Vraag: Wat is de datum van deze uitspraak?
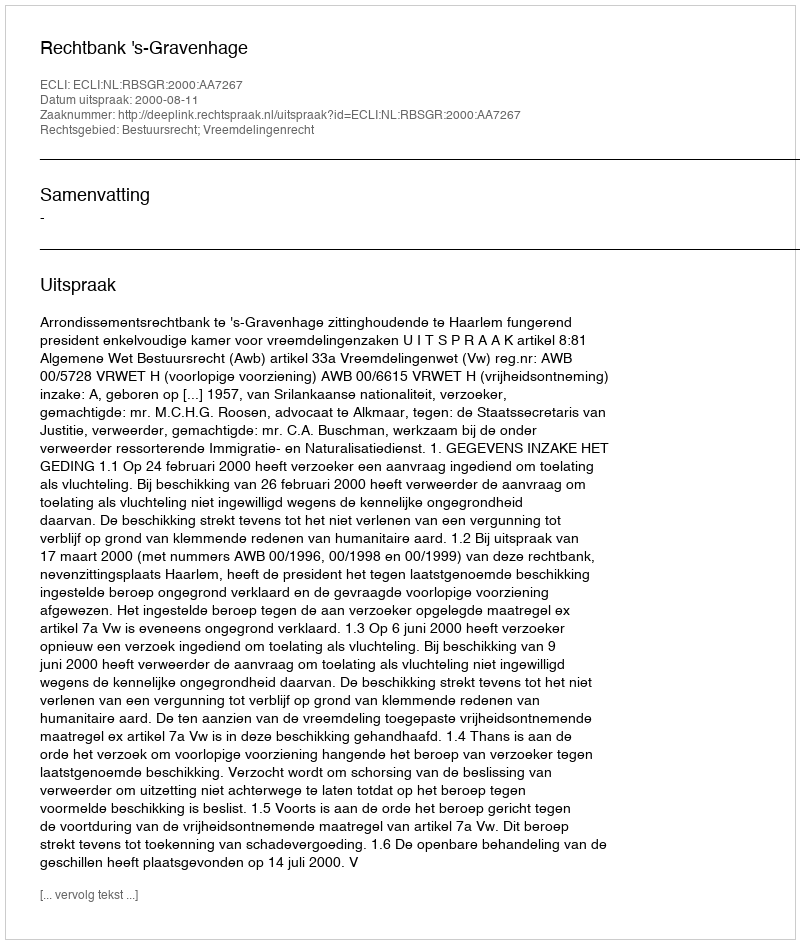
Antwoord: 2000-08-11